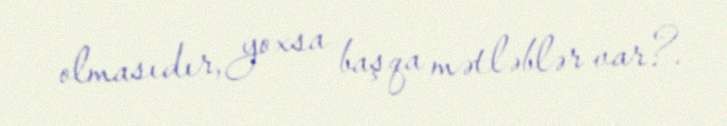
olmasıdır, yoxsa başqa mətləblər var?.